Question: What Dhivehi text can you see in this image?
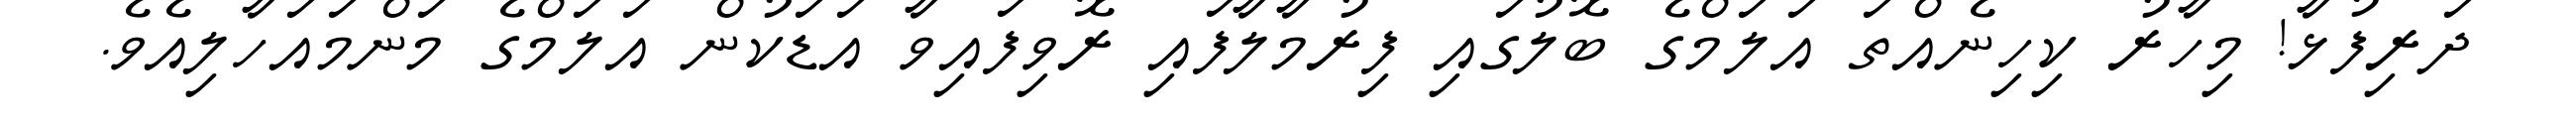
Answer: ދަރިފުޅާ! މިހާރު ކިހިނެއްތަ އަލަމްގެ ބޮލުގައި ފިރުމާލާފައި ރޮވިފައިވާ އަޑަކުން އަލަމްގެ މަންމައަހާލިއެވެ.